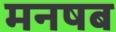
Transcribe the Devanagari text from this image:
मनषब